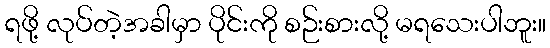
ရဖို့ လုပ်တဲ့အခါမှာ ပိုင်းကို စဉ်းစားလို့ မရသေးပါဘူး။